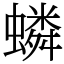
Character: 䗲